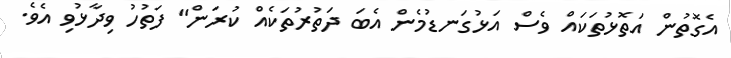
އެގޮތުން އަތޮޅުތަކައް ވެސް އަޅުގަނޑުމެން އެބަ ދަތުރުތަކެއް ކުރަން" ފަތުހު ވިދާޅުވި އެވެ.